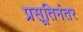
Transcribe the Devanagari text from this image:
प्रसूतिनंतर